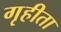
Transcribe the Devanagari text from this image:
गृहीता